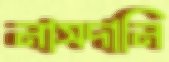
নাসদানি